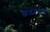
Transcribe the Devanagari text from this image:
खड्यांमध्ये